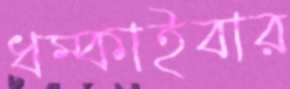
ধম্‌কাইবার